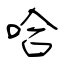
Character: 哈